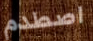
اصطدم